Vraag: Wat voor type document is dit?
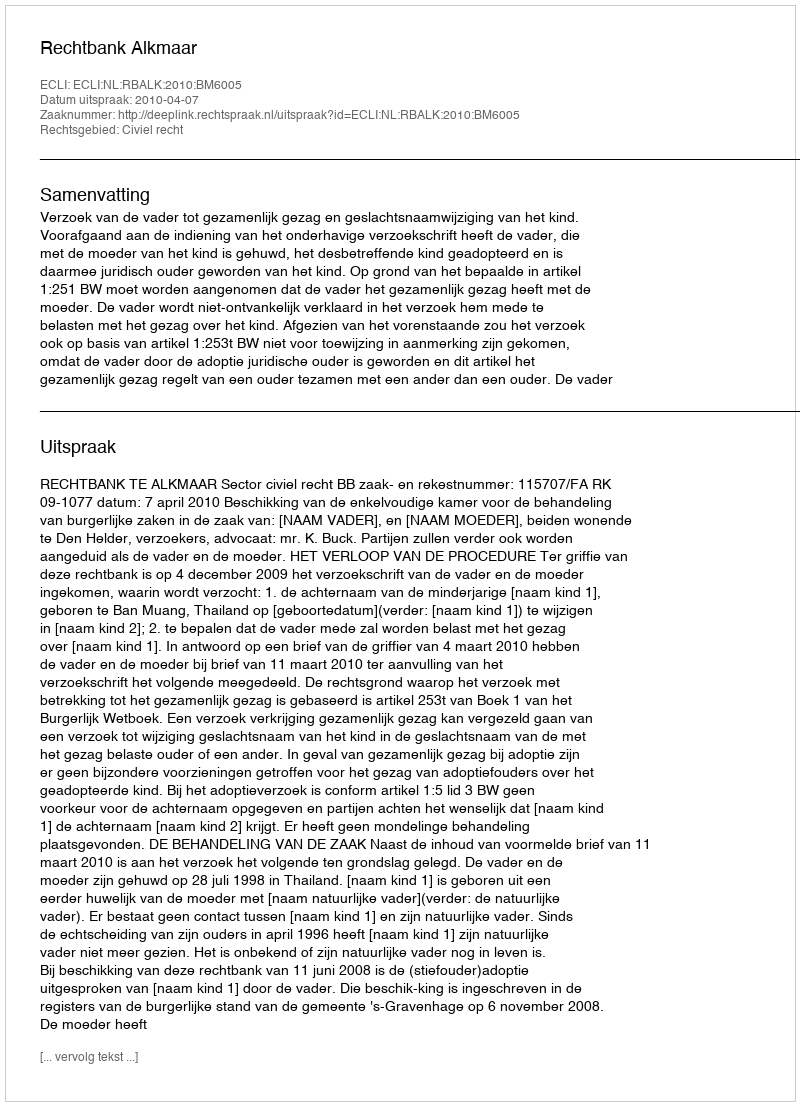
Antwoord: Uitspraak